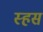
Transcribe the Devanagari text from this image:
स्हस